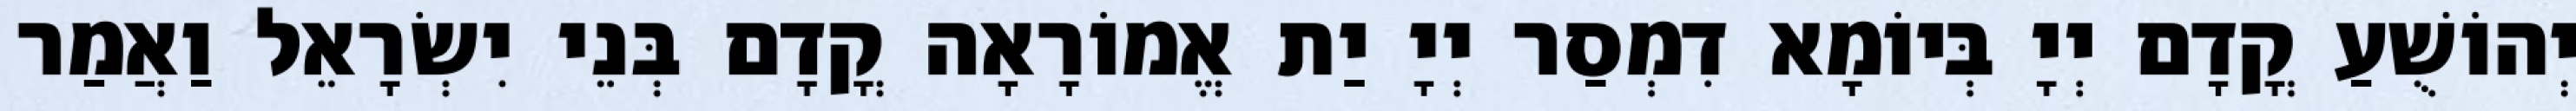
יְהוֹשֻׁעַ קֳדָם יְיָ בְּיוֹמָא דִמְסַר יְיָ יַת אֱמוֹרָאָה קֳדָם בְּנֵי יִשְׂרָאֵל וַאֲמַר